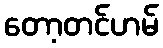
တော့တင်ဟမ်